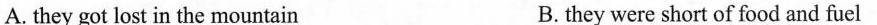
A. they got lost in the mountain B. they were short of food and fuel